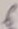
Text: 6